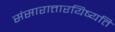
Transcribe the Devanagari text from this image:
संसारात्तारयिष्यति